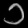
Digit: ၁